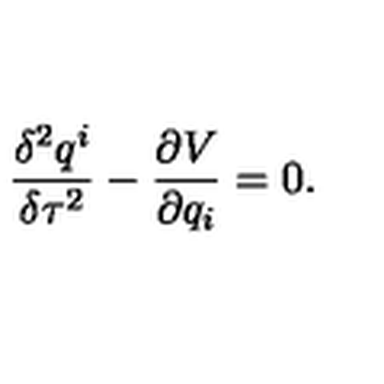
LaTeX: \frac { \delta ^ { 2 } q ^ { i } } { \delta \tau ^ { 2 } } - \frac { \partial V } { \partial q _ { i } } = 0 .